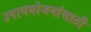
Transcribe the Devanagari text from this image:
उपाययोजनांसाठी